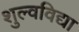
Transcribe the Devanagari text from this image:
शुल्वविद्या